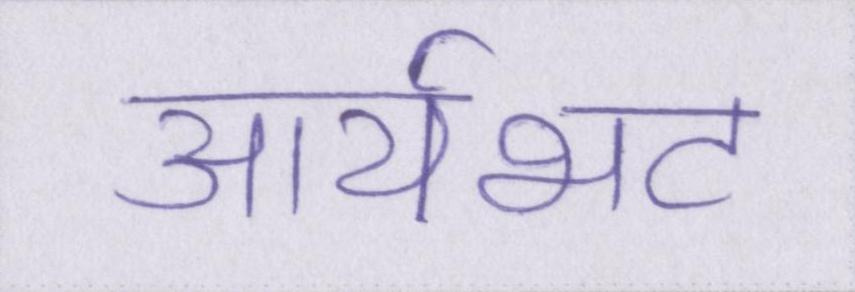
आर्यभट